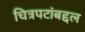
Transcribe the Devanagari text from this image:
चित्रपटांबद्दल